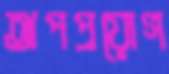
অপপ্রয়োগ